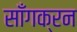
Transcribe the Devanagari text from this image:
साँगक्रन